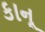
કાનૂ